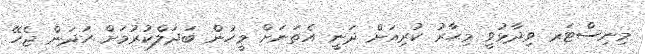
މިނިސްޓަރ ވިދާޅުވީ މިޙާރު ކުރިއަށް ދަނީ އެތަނަށް މީހުން ބަދަލްކުރުމަށް ހަދަން ޖެހޭ